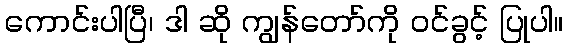
ကောင်းပါပြီ၊ ဒါ ဆို ကျွန်တော်ကို ဝင်ခွင့် ပြုပါ။